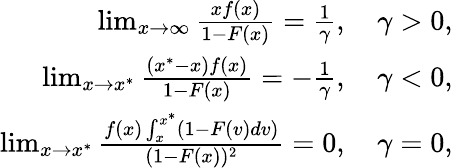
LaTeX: \begin{array}{r}{\operatorname*{lim}_{x\to\infty}\frac{xf(x)}{1-F(x)}=\frac{1}{\gamma},\quad\gamma>0,}\\ {\operatorname*{lim}_{x\to x^{*}}\frac{(x^{*}-x)f(x)}{1-F(x)}=-\frac{1}{\gamma},\quad\gamma<0,}\\ {\operatorname*{lim}_{x\to x^{*}}\frac{f(x)\int_{x}^{x^{*}}(1-F(v)dv)}{(1-F(x))^{2}}=0,\quad\gamma=0,}\end{array}